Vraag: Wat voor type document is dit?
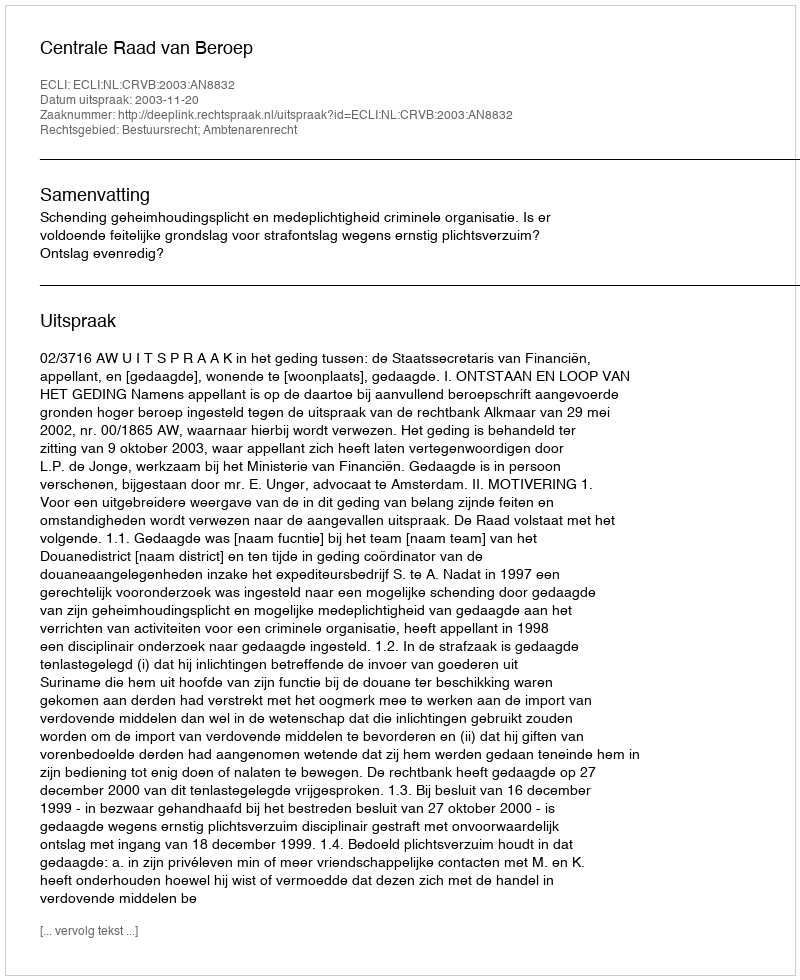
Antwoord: Uitspraak